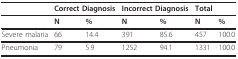
|  | <COLSPAN=2> Correct Diagnosis | <COLSPAN=2> Incorrect Diagnosis | Total |  |
 | --- | --- | --- | --- | --- | --- | --- |
 |  | N | % | N | % | N | % |
 | Severe malaria | 66 | 14.4 | 391 | 85.6 | 457 | 100.0 |
 | Pneumonia | 79 | 5.9 | 1252 | 94.1 | 1331 | 100.0 |